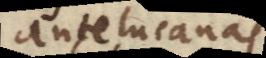
telucanas